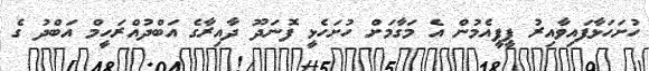
ހުށަހަޅާފައިވާއިރު ޕީޕީއެމުން އެ މަގާމަށް ހުށަހެޅީ ފޮނަދޫ ދާއިރާގެ އަބްދުއްރަހީމް އަބްދު ގެ